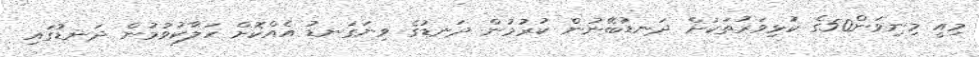
މިއީ މިނިވަން50ގެ ކުޅިވަރުތަކަށް ދަނޑުބޭނުން ކުރުމުން ދަނޑުގެ ވިނަގަނޑު އެއްކޮށް ހަލާކުވުމުން ދަނޑުގައި